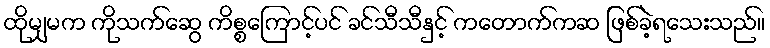
ထိုမျှမက ကိုသက်ဆွေ ကိစ္စကြောင့်ပင် ခင်သီသီနှင့် ကတောက်ကဆ ဖြစ်ခဲ့ရသေးသည်။